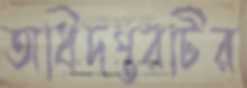
অধিদপ্তরটির